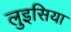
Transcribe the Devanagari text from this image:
लुइसिया